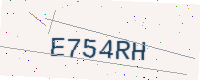
Text: E754RH